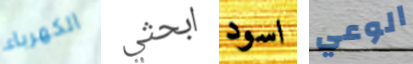
الكهرباء ابحثي اسود الوعي